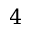
4